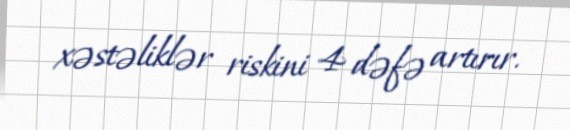
xəstəliklər riskini 4 dəfə artırır.